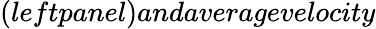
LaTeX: (leftpanel)andaveragevelocity